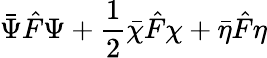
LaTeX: \bar{\Psi}\hat{F}\Psi+\frac 12\bar{\chi}\hat{F}\chi+\bar{\eta}\hat{F}\eta